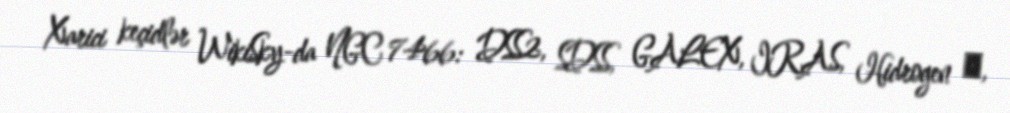
Xarici keçidlər WikiSky-da NGC 7466: DSS2, SDSS, GALEX, IRAS, Hidrogen α,